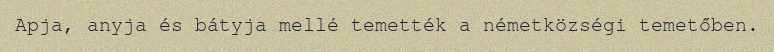
Apja, anyja és bátyja mellé temették a németközségi temetőben.